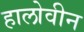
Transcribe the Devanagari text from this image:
हालोवीन